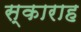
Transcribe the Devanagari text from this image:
स्काराह